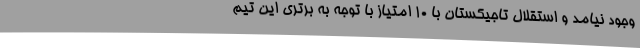
وجود نیامد و استقلال تاجیکستان با 10 امتیاز با توجه به برتری این تیم